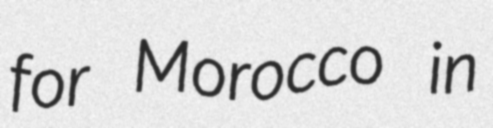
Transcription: for Morocco in